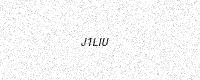
Text: J1LIU